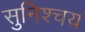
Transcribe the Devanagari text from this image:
सुनिश्चय